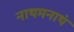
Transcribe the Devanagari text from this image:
नाथमनाथं